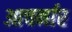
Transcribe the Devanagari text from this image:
आचर्नार